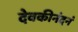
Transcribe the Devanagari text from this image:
देवकीनंदनं